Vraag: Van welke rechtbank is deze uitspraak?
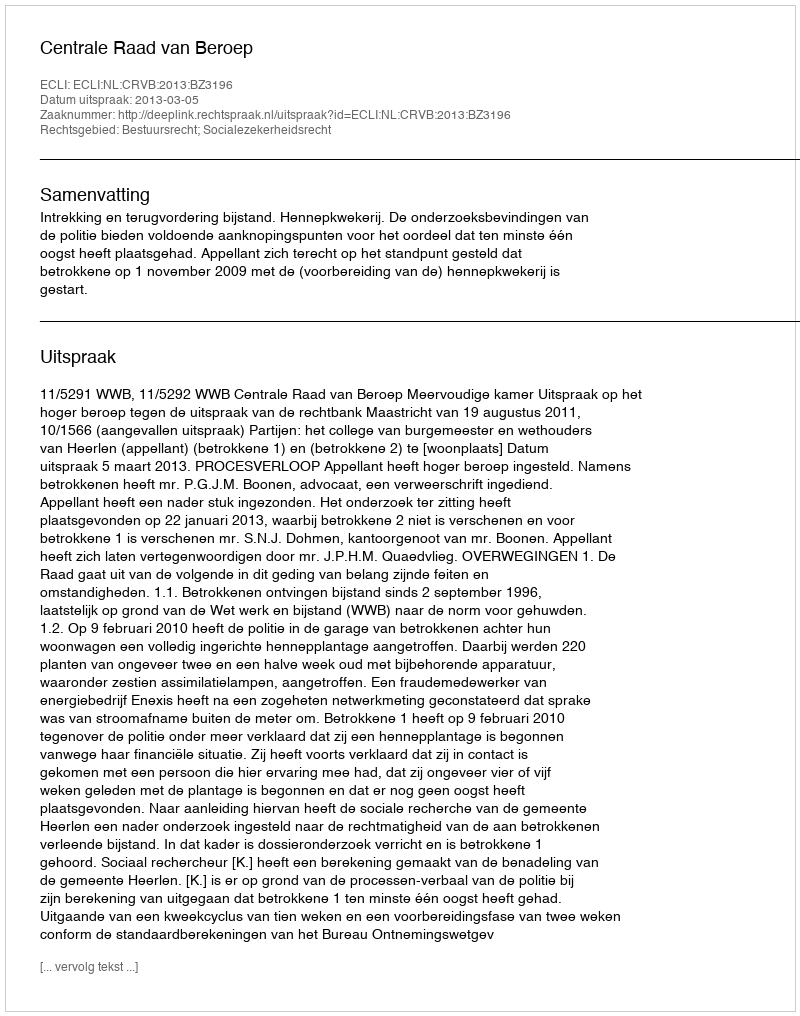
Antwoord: Centrale Raad van Beroep